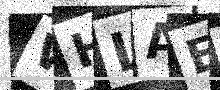
Text: WHLAEK